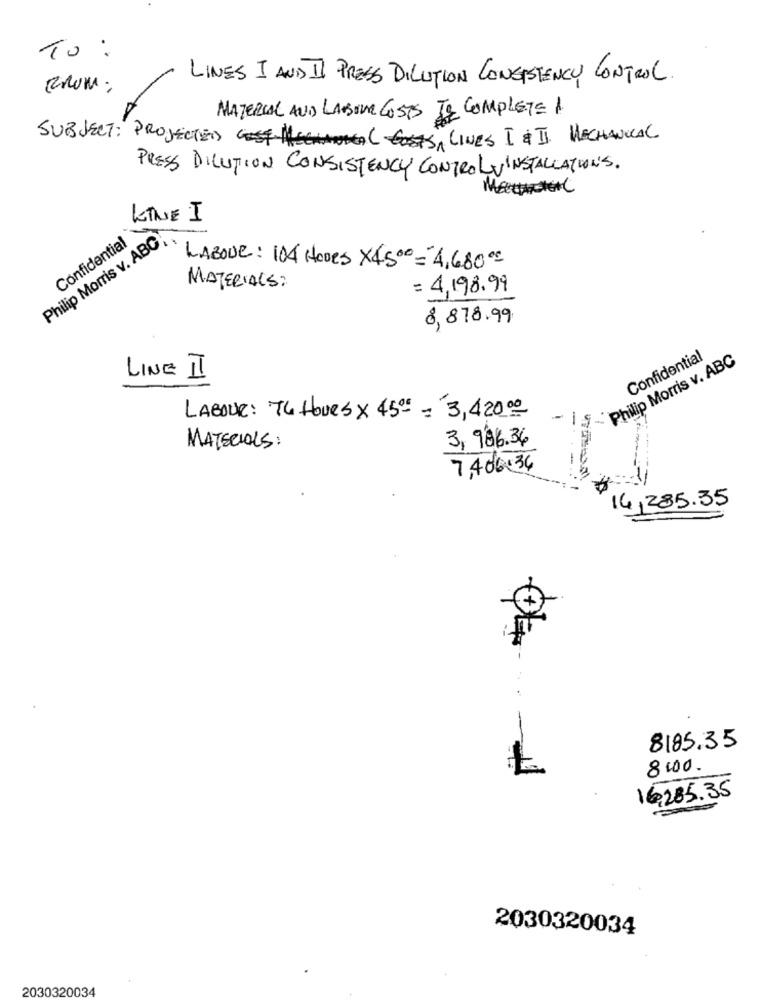
To :
LINES I AND II PRESS DILUTION CONSISTENCY CONTROL.
MATERIAL AND LABOUR COSTS JE COMPLETE 1
SUBJECT: PROJECTED (LINES I & II. MECHANICAL
PRESS DILUTION CONSISTENCY CONTROLV INSTALLATIONS.
KINE I
Philip Morris v. ABC
Confidential
LABOUR: 104 HOves X4500= 4,68000
MATERIALS:
= 4,198.99
8, 878.99.
Philip Morris v. ABC
Confidential
LINE I
LABOUR: TU Houes X 4500 = 3,420.00
3,986.36
MATERIALS:
7,406+34
14,285.35
8185.35
8000.
16,285.35
2030320034
2030320034